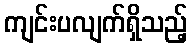
ကျင်းပလျက်ရှိသည့်